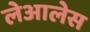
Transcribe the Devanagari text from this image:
लेआलेस